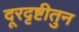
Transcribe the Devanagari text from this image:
दूरदृष्टीतुन